Medical and sanitary report of the native army of Bengal for the year
Year: 1876
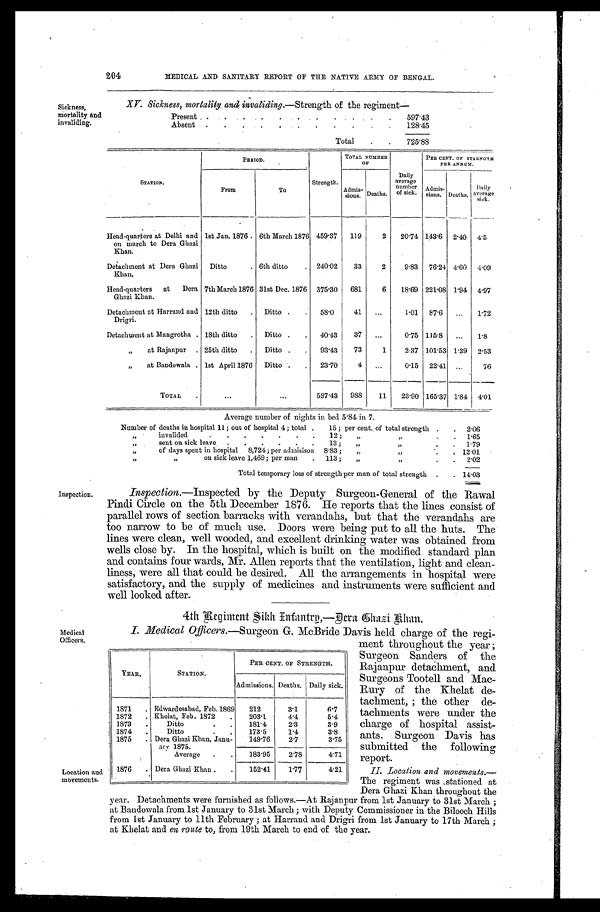
Sickness,
mortality
invaliding.
Inspection.
Medical
Officers.
YEAR.
STATION.
PER CENT. or STRENGTH.
Admissions. Deaths. Daily sick.
1871
. Edwardesabad, Feb. 1869
212
3'1
6'7
1872
. Khelat, Feb. 1872
.
203.1
4.4
5.4
1873
.
Ditto
.
.
181.4
2.3
3.9
1874
Ditto
.
.
173.5
1'4
3.8
1875
. , Dera Ghazi Khan, Janu-
;try 1875.
149.76
2'7
3.75
Average
.
.
183.95
2'78
4.71
1876
. Dera Ghazi Khan .
.
152'41
1 . 1 7
4.21
Location and
movements.
204
MEDICAL AND SANITARY REPORT OF THE NATIVE ARMY OF BENGAL.
XV. Sickness, mortally and invaliding .-Strength of the regiment—
Present
597.43
Absent
128.45
Total
725.88
STATION.
PERIOD.
TOTAL NUMBER
OF
Pan CENT. OF STRENGTH
PER ANNUM
From
To
Strength.
Admis- sions .
.
Deaths.
Daily
average
number
of sick. Admis-
sions. Deaths,
Daily
average
sick.
Head-quarters at Delhi and
on march to Dera Ghazi
Khan.
lst,Jan. 1876. 6th March 1876 459.37
119
2
20.74 143.6
2.40 4.5
Detachment at Dera Ghazi
Khan.
Ditto
6th ditto
240.02
33
2
9.83
76.24 4.60 4.09
Head-quarters
at
Dera
Ghazi Khan.
7th March 1876 31st Dec. 1876 375.30
681
6
18.69 221.08 1.94 4.97
Detachment at Harrand and
Drigri.
12th ditto
. Ditto .
.
58.0
41 ...
1.01
87.6 ...
1.72
Detachment at Mangrotha . 18th ditto
.
Ditto .
.
40.43
37
. . .
0.75 115.8
. . .
1.8
„
at Rajanpur . 25th ditto
.
Ditto .
.
93.43
73
1
2 . 3 7 101.53 1 . 39 2.53
„
at Bandowala . 1st April 1876 Ditto .
.
23.70
4
...
0.15
22.41 ...
76
TOTAL
...
...
597.43
988
11
23.90 165.37 1.84 4.01
Average number of nights in bed 5.84 in 7.
Number of deaths in hospital 11; out of hospital 4 ; total
15 ; per cent. of total strength
2.06
invalided
12 ;
„
1.65
scut on sick leave
13 ;
„
1.79
of days spent in hospital 8,724; per admisison 8.83 ;
„
12.01
on sick leave 1,469; per man
113 ;
,,
2.02
Total temporary loss of strength per man of total strength
14.03
Inspection.-Inspected by the Deputy Surgeon-General of the Rawal
Pindi Circle on the 5th December 1876. He reports that the lines consist of
parallel rows of section barracks with verandahs, but that the verandahs are
too narrow to be of much use. Doors were being put to all the huts. The
lines were clean, well wooded, and excellent drinking water was obtained from
wells close by. In the hospital, which is built on the modified standard plan
and contains four wards, Mr. Allen reports that the ventilation, light and clean-
liness, were all that could be desired. All the arrangements in hospital were
satisfactory, and the supply of medicines and instruments were sufficient and
well looked after.
4th Regiment
Entantrn-Dera Khasi khan.
I. Medical Officers.-Surgeon G. McBride Davis held charge of the regi-
ment throughout the year
Surgeon Sanders of the
Rajanpur detachment, and
Surgeons Tootell and Mac-
Rury of the Khelat de-
tachment, ; the other de-
tachments were under the
charge of hospital assist-
ants. Surgeon Davis has
submitted the following
report.
II. _Location and movements.-
The regimen was stationed at
Dera Gha Dera Ghazi Khan throughout the
year. Detachments were furnished as follows.-At Rajanpur from 1st January to 31st March ;
at Bandowala from 1st January to 31st March ; with Deputy Commissioner in the Bilooch Hills
from 1st January to 11th February ; at Harrand and Drigri from 1st January to 17th March ;
at Khelat and en route to, from 19th March to end of the year.